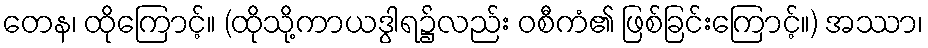
တေန၊ ထိုကြောင့်။ (ထိုသို့ကာယဒွါရ၌လည်း ဝစီကံ၏ ဖြစ်ခြင်းကြောင့်။) အဿာ၊